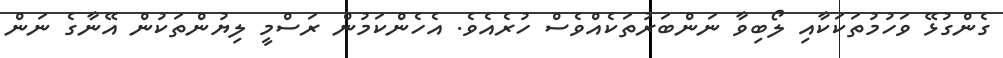
ގެންގުޅޭ ވަހުމުތަކަކާއި ލޯބިވާ ނަންބަރުތަކެއްވެސް ހުރެއެވެ. އެހެންކަމުން ރަސްމީ ލިޔުންތަކުން އޭނާގެ ނަން